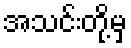
အသင်းတို့မှ